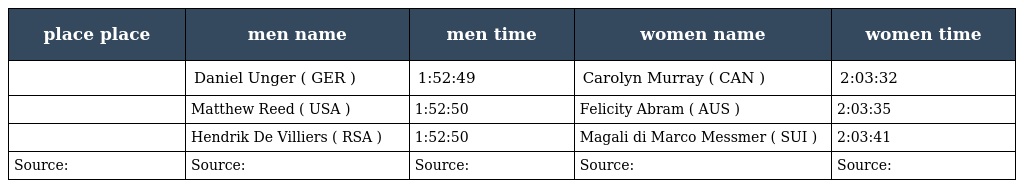
| place place | men name | men time | women name | women time |
 | --- | --- | --- | --- | --- |
 |  | Daniel Unger ( GER ) | 1:52:49 | Carolyn Murray ( CAN ) | 2:03:32 |
 |  | Matthew Reed ( USA ) | 1:52:50 | Felicity Abram ( AUS ) | 2:03:35 |
 |  | Hendrik De Villiers ( RSA ) | 1:52:50 | Magali di Marco Messmer ( SUI ) | 2:03:41 |
 | Source: | Source: | Source: | Source: | Source: |